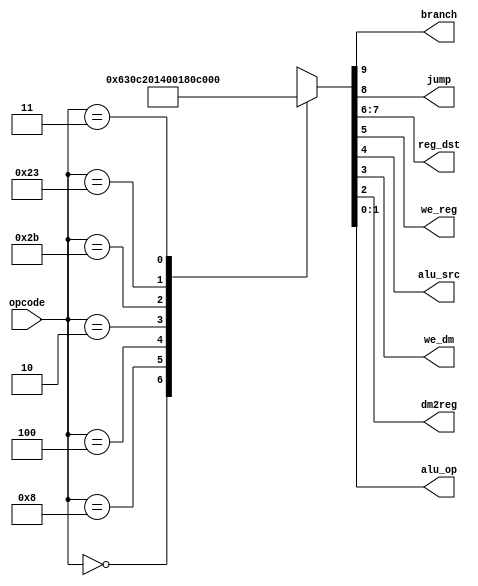
module maindec
(input [5:0] opcode, output branch, output jump, output [1:0] reg_dst, output we_reg, output alu_src, 
output we_dm, output dm2reg, output [1:0] alu_op);
    reg [9:0] ctrl;
    assign {branch, jump, reg_dst, we_reg, alu_src, we_dm, dm2reg, alu_op} = ctrl;
    always @ (opcode)
    begin
        case (opcode)
            6'b00_0000: ctrl = 10'b0_0_01_1_0_0_0_11; // R-type
            6'b00_1000: ctrl = 10'b0_0_00_1_1_0_0_00; // ADDI
            6'b00_0100: ctrl = 10'b1_0_00_0_0_0_0_01; // BEQ
            6'b00_0010: ctrl = 10'b0_1_00_0_0_0_0_00; // J
            6'b10_1011: ctrl = 10'b0_0_00_0_1_1_0_00; // SW
            6'b10_0011: ctrl = 10'b0_0_00_1_1_0_1_00; // LW
            6'b00_0011: ctrl = 10'b0_1_10_1_0_0_0_10; // JAL
            default:    ctrl = 10'bx_x_xx_x_x_x_x_xx;
        endcase
    end
endmodule

module auxdec
(input [1:0] alu_op, input [5:0] funct, output [2:0] alu_ctrl, output [1:0] multi_sel, output multi_en, output jump_reg);
    reg [6:0] ctrl;
    assign {alu_ctrl, multi_sel, multi_en, jump_reg} = ctrl;
    always @ (alu_op, funct)
    begin
        case (alu_op)
            2'b00: ctrl = 7'b010_01_0_0; // add
            2'b01: ctrl = 7'b110_01_0_0; // sub
            2'b10: ctrl = 7'b000_00_0_0; // jal
            default: case (funct)
                6'b10_0100: ctrl = 7'b000_01_0_0; // AND
                6'b10_0101: ctrl = 7'b001_01_0_0; // OR
                6'b10_0000: ctrl = 7'b010_01_0_0; // ADD
                6'b10_0010: ctrl = 7'b110_01_0_0; // SUB
                6'b10_1010: ctrl = 7'b111_01_0_0; // SLT
                6'b01_1001: ctrl = 7'b000_01_1_0; // MULTU
                6'b01_0000: ctrl = 7'b000_11_0_0; // MFHI
                6'b01_0010: ctrl = 7'b000_10_0_0; // MFLO
                6'b00_1000: ctrl = 7'b000_01_0_1; // JR
                default:    ctrl = 7'bxxx_xx_x_x;
            endcase
        endcase
    end
endmodule